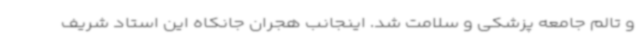
و تالم جامعه پزشکی و سلامت شد. اینجانب هجران جانکاه این استاد شریف